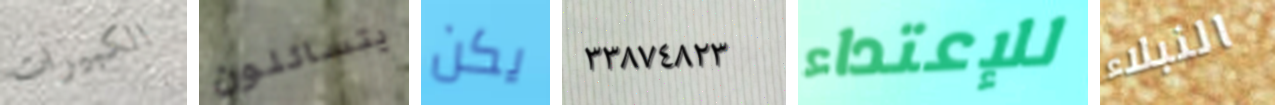
الكبيرات يتسائلون يكن ٣٣٨٧٤٨٢٣ للإعتداء النبلاء